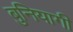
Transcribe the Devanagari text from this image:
बुनियागी